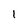
Character: 1